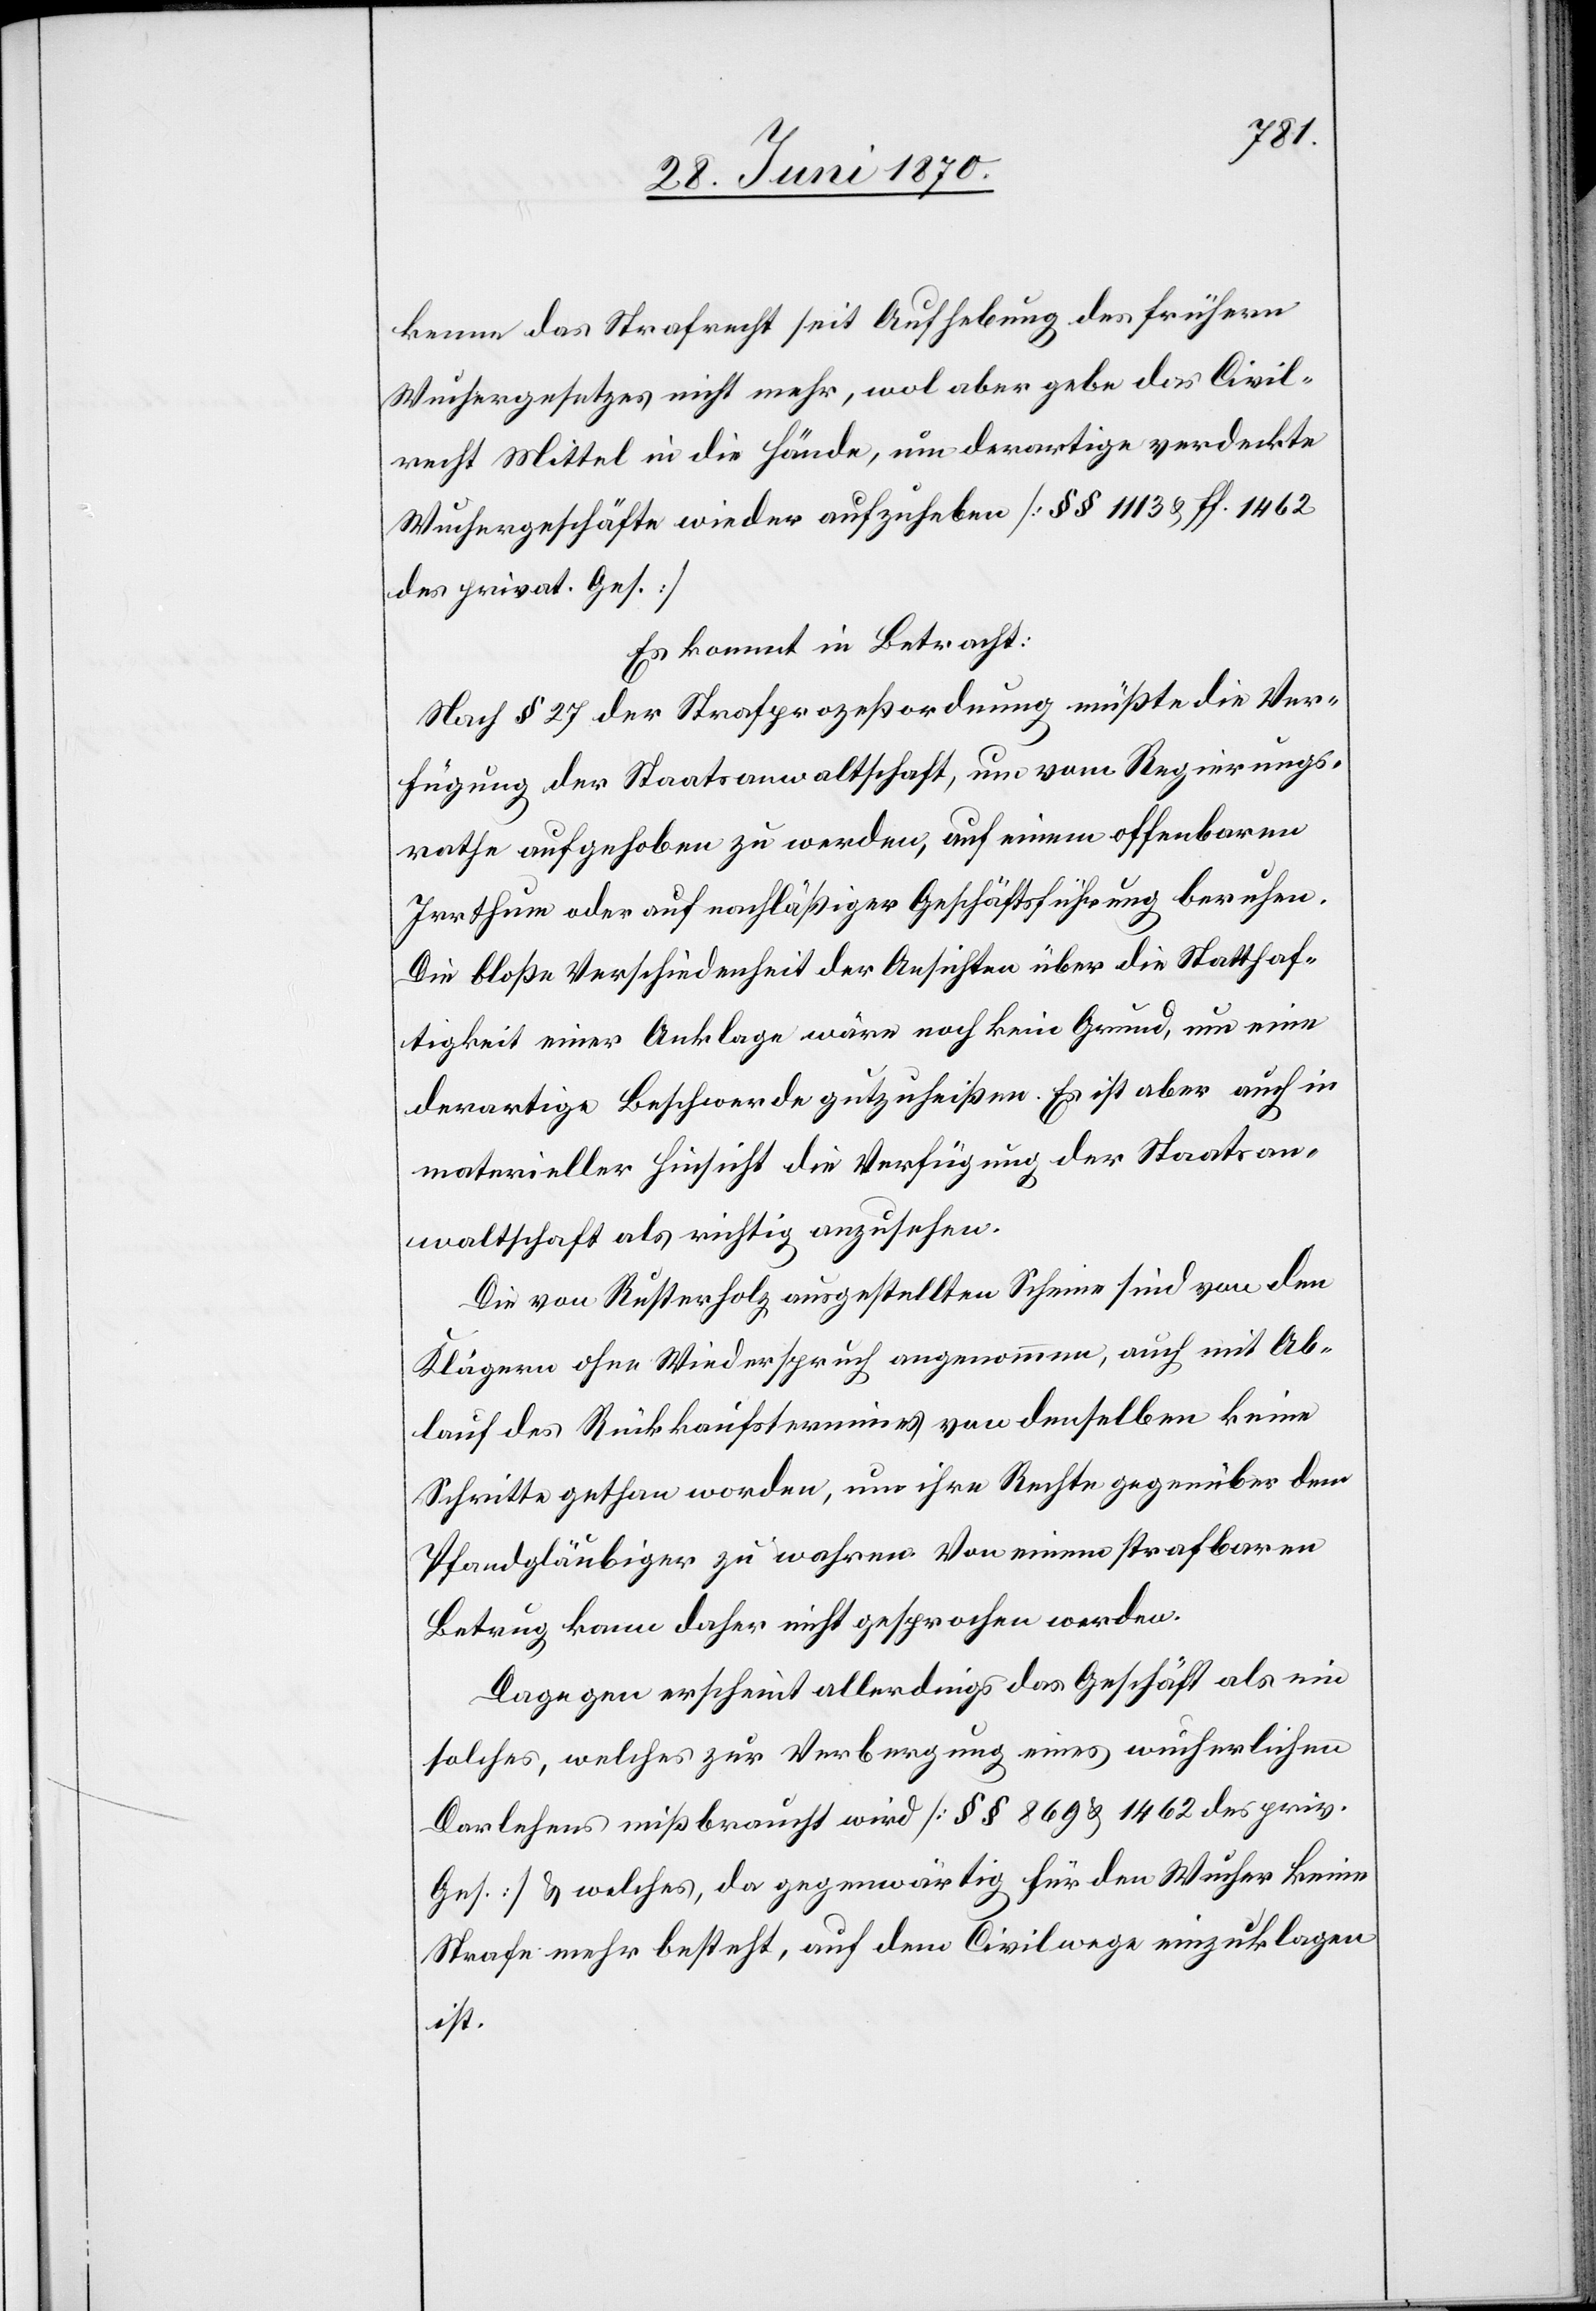
kenne das Strafrecht seit Aufhebung des frühern
Wuchergesetzes nicht mehr, wol aber gebe das Civil¬
recht Mittel in die Hände, um derartige verdeckte
Wuchergeschäfte wieder aufzuheben [§§ 1113 & ff. 1462
des privat. Ges.]
Es kommt in Betracht:
Nach § 27 der Strafprozeßordnung müßte die Ver¬
fügung der Staatsanwaltschaft, um vom Regierungs¬
rathe aufgehoben zu werden, auf einem offenbaren
Irrthum oder auf nachläßiger Geschäftsführung beruhen.
Die bloße Verschiedenheit der Ansichten über die Statthaf¬
tigkeit einer Anklage wäre noch kein Grund, um eine
derartige Beschwerde gutzuheißen. Es ist aber auch in
materieller Hinsicht die Verfügung der Staatsan¬
waltschaft als richtig anzusehen.
Die von Rusterholz ausgestellten Scheine sind von den
Klägern ohne Wiederspruch angenommen, auch mit Ab¬
lauf des Rückkaufstermines von demselben keine
Schritte gethan worden, um ihre Rechte gegenüber dem
Pfandgläubiger zu wahren. Von einem strafbaren
Betrug kann daher nicht gesprochen werden.
Dagegen erscheint allerdings das Geschäft als ein
solches, welches zur Verbergung eines wucherlichen
Darlehens mißbraucht wird [§§ 869 & 1462 des priv.
Ges.] & welches, da gegenwärtig für den Wucher keine
Strafe mehr besteht, auf dem Civilwege einzuklagen
ist.